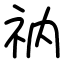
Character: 𫀃